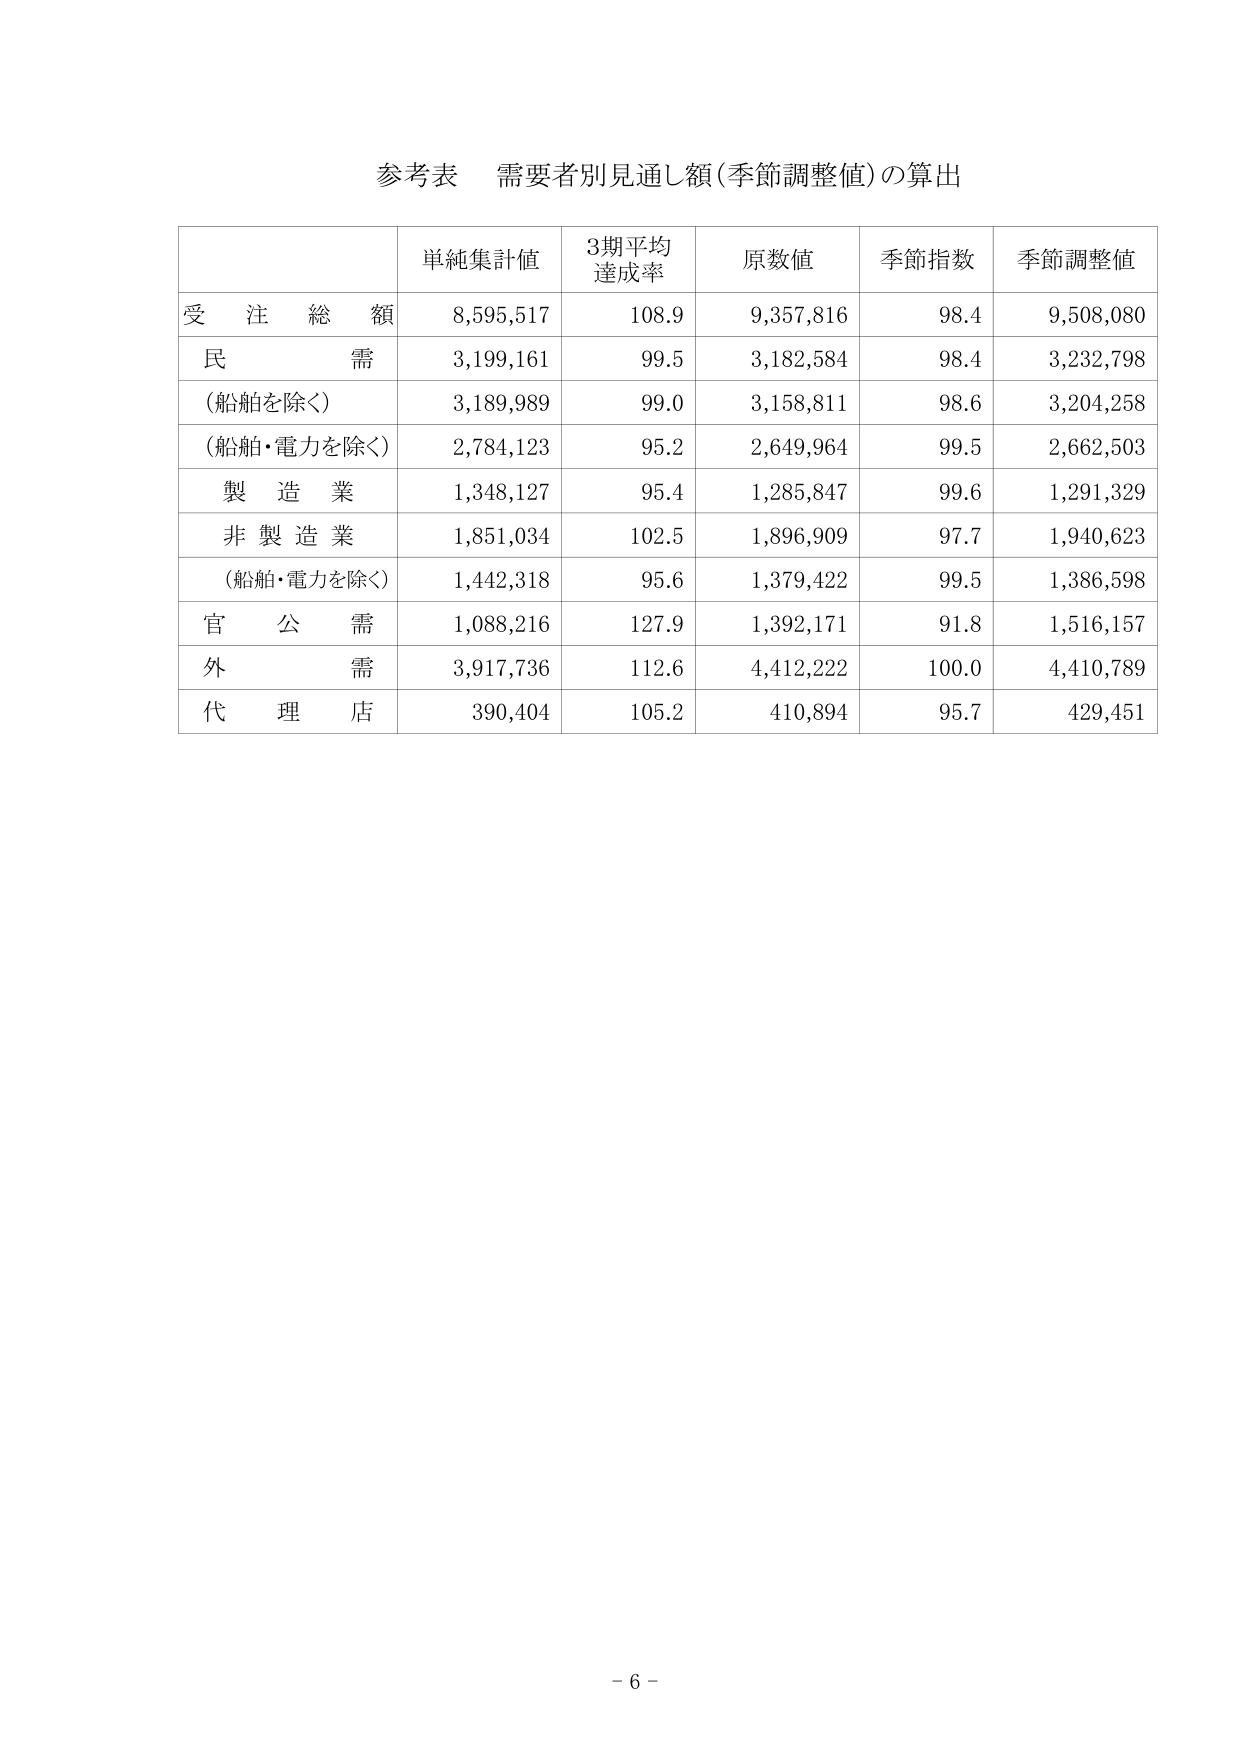
参考表　需要者別見通し額（季節調整値）の算出

単純集計値　3期平均達成率　原数値　季節指数　季節調整値
受注総額　8,595,517　108.9　9,357,816　98.4　9,508,080
民需　3,199,161　99.5　3,182,584　98.4　3,232,798
（船舶を除く）　3,189,989　99.0　3,158,811　98.6　3,204,258
（船舶・電力を除く）　2,784,123　95.2　2,649,964　99.5　2,662,503
製造業　1,348,127　95.4　1,285,847　99.6　1,291,329
非製造業　1,851,034　102.5　1,896,909　97.7　1,940,623
（船舶・電力を除く）　1,442,318　95.6　1,379,422　99.5　1,386,598
官公需　1,088,216　127.9　1,392,171　91.8　1,516,157
外需　3,917,736　112.6　4,412,222　100.0　4,410,789
代理店　390,404　105.2　410,894　95.7　429,451

－6－